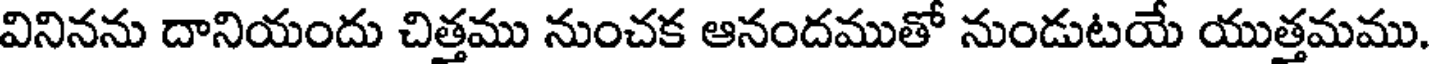
వినినను దానియందు చిత్తము నుంచక ఆనందముతో నుండుటయే యుత్తమము.